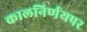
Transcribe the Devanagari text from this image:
कालनिर्णयपर